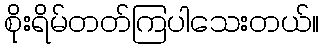
စိုးရိမ်တတ်ကြပါသေးတယ်။